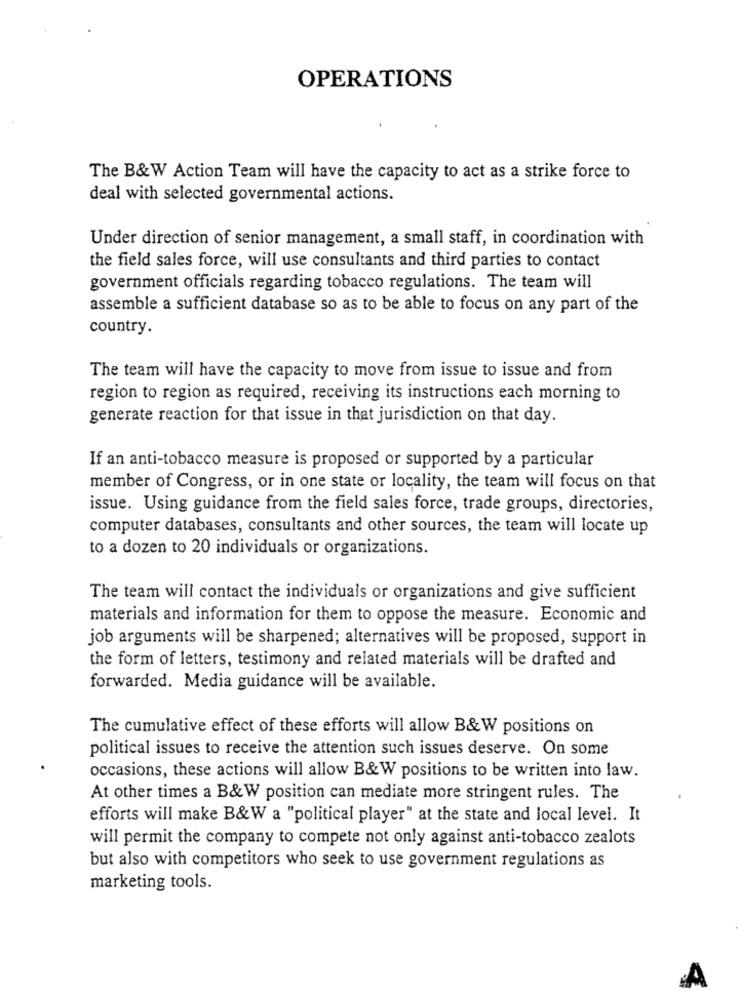
OPERATIONS
The B&W Action Team will have the capacity to act as a strike force to
deal with selected governmental actions.
Under direction of senior management, a small staff, in coordination with
the field sales force, will use consultants and third parties to contact
government officials regarding tobacco regulations. The team will
assemble a sufficient database so as to be able to focus on any part of the
country.
The team will have the capacity to move from issue to issue and from
region to region as required, receiving its instructions each morning to
generate reaction for that issue in that jurisdiction on that day.
If an anti-tobacco measure is proposed or supported by a particular
member of Congress, or in one state or locality, the team will focus on that
issue. Using guidance from the field sales force, trade groups, directories,
computer databases, consultants and other sources, the team will locate up
to a dozen to 20 individuals or organizations.
The team will contact the individuals or organizations and give sufficient
materials and information for them to oppose the measure. Economic and
job arguments will be sharpened; alternatives will be proposed, support in
the form of letters, testimony and related materials will be drafted and
forwarded. Media guidance will be available.
The cumulative effect of these efforts will allow B&W positions on
political issues to receive the attention such issues deserve. On some
occasions, these actions will allow B&W positions to be written into law.
At other times a B&W position can mediate more stringent rules. The
efforts will make B&W a "political player" at the state and local level. It
will permit the company to compete not only against anti-tobacco zealots
but also with competitors who seek to use government regulations as
marketing tools.
A